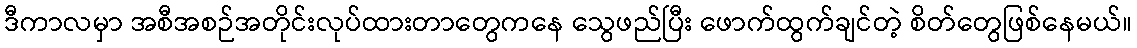
ဒီကာလမှာ အစီအစဉ်အတိုင်းလုပ်ထားတာတွေကနေ သွေဖည်ပြီး ဖောက်ထွက်ချင်တဲ့ စိတ်တွေဖြစ်နေမယ်။